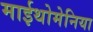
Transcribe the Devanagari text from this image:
माईथोमेनिया